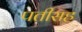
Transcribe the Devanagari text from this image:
पतीसह